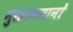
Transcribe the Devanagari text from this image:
मुसमलमानों